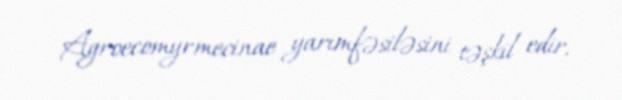
Agroecomyrmecinae yarımfəsiləsini təşkil edir.